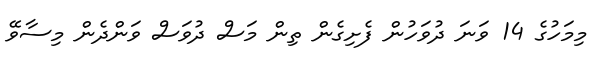
މިމަހުގެ 14 ވަނަ ދުވަހުން ފެށިގެން ތިން މަސް ދުވަސް ވަންދެން މިސާވޭ